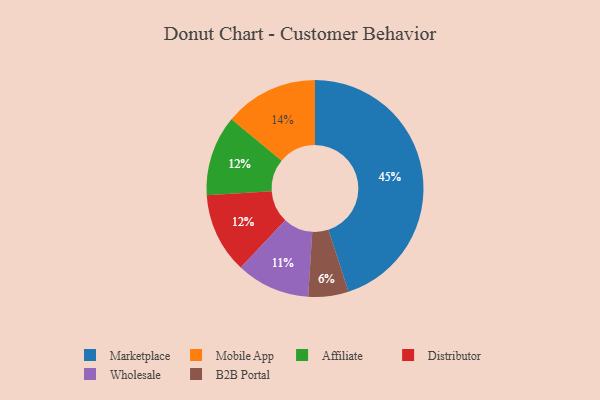
{"axis": {"x": "Category", "y": "Percentage"}, "legend": ["Affiliate", "B2B Portal", "Distributor", "Marketplace", "Mobile App", "Wholesale"], "data": [{"x": "Affiliate", "y": 12, "type": "Affiliate"}, {"x": "B2B Portal", "y": 6, "type": "B2B Portal"}, {"x": "Distributor", "y": 12, "type": "Distributor"}, {"x": "Mobile App", "y": 14, "type": "Mobile App"}, {"x": "Wholesale", "y": 11, "type": "Wholesale"}, {"x": "Marketplace", "y": 45, "type": "Marketplace"}]}